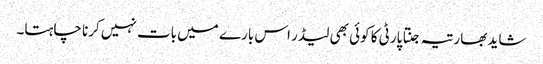
شاید بھارتیہ جنتا پارٹی کا کوئی بھی لیڈر اس بارے میں بات نہیں کرنا چاہتا۔